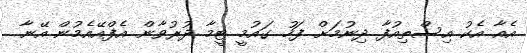
އެއާ އެކު އިސްތިއުފާ ދިނުމަށް ފަހު ގައުމީ ޓީމާ ދުރުވާން އެފްއޭއެމުން އޭނާ